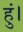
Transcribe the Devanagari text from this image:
हुं।